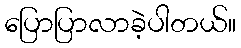
ပြောပြာလာခဲ့ပါတယ်။